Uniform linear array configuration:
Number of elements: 4
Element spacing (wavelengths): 1
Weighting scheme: exponential
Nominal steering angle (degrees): -60
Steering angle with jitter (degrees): -61.831
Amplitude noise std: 0.05
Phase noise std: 0.05

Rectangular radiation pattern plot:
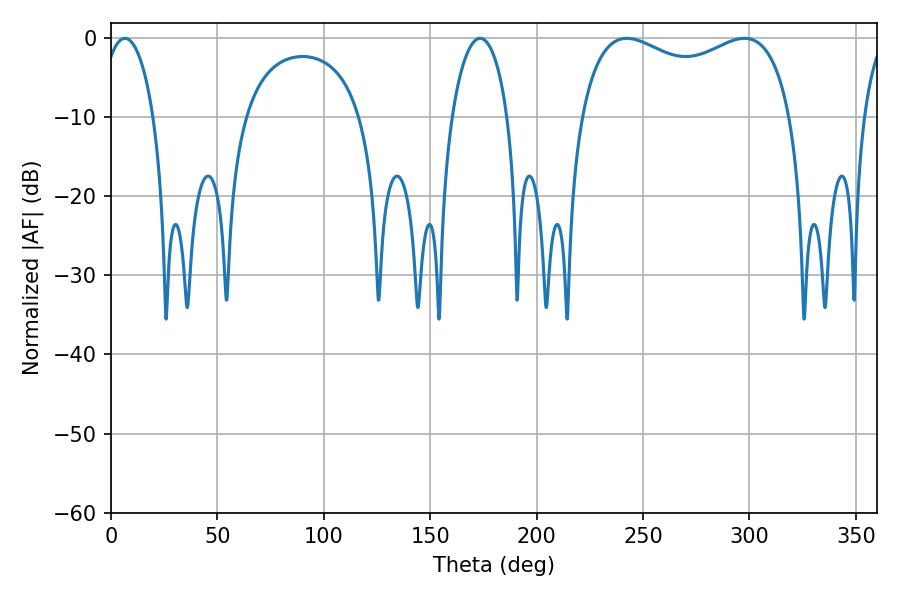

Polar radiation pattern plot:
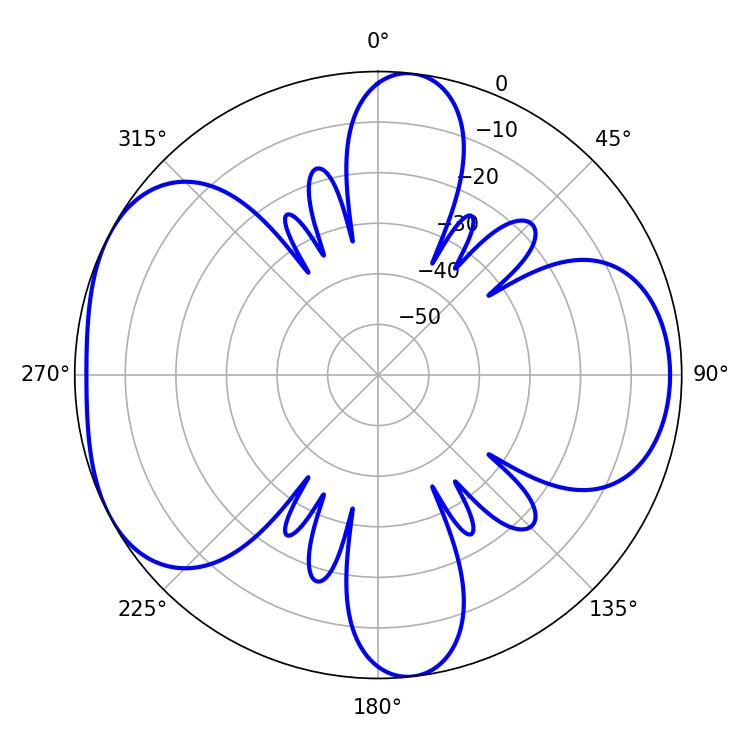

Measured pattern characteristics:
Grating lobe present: TRUE
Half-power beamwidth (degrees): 81.72
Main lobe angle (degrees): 242.28